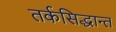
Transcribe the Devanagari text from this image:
तर्कसिद्धान्त